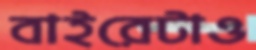
বাইরেটাও